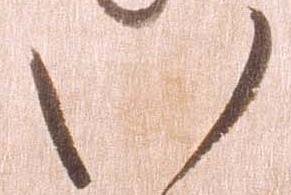
い